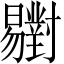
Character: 𣌒